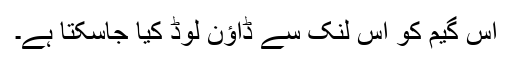
اس گیم کو اس لنک سے ڈاؤن لوڈ کیا جاسکتا ہے۔